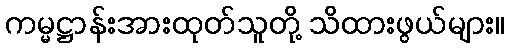
ကမ္မဋ္ဌာန်းအားထုတ်သူတို့ သိထားဖွယ်များ။